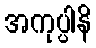
အကုပ္ပါနိ